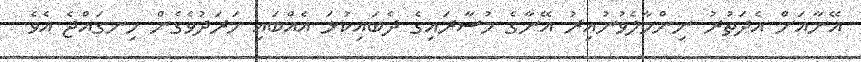
އޭނާއަށް އެދަތުރު ނިންމާލެވުނުއިރު އޭނާގެ މުސާރައިގެ ދެބައިކުޅަ އެއްބައި ހަރަދުވެގެން ހިނގައްޖެ އެވެ.